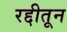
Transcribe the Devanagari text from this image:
रद्दीतून